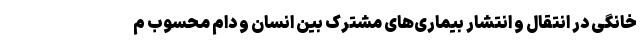
خانگی در انتقال و انتشار بیماری‌های مشترک بین انسان و دام محسوب م